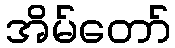
အိမ်တော်